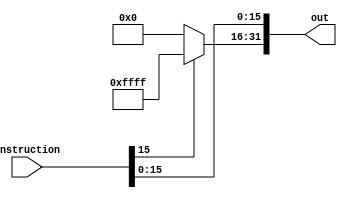
module SignExtend (
  input [31:0] instruction,
  output reg [31:0] out
);

always @* begin
  out[31:16] = (instruction[15]) ? 16'b1111111111111111 : 16'b0000000000000000;
  out[15:0] = instruction[15:0];
end

endmodule